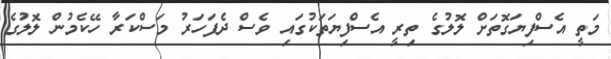
މަތީ އެސްފިޔަގޮތަށް ލޮލުގެ ތިރީ އެސްފިޔަތަކުގައި ވެސް ދެފަހަރު މަސްކަރާ ހޭކެމުން ލޮލުގެ